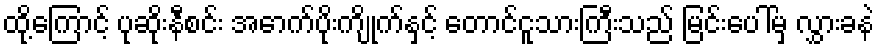
ထို့ကြောင့် ပုဆိုးနီစင်း အောက်ပိုးကျိုက်နှင့် တောင်ငူသားကြီးသည် မြင်းပေါ်မှ လွှားခနဲ